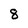
Character: 8